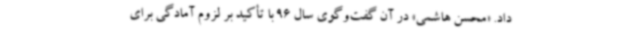
داد. «محسن هاشمی» در آن گفت‌و‌گوی سال 96 با تأکید بر لزوم آمادگی برای